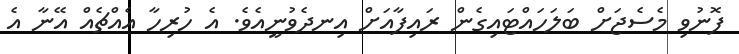
ފޮނުވި މެސެޖަށް ބަލަހައްޓައިގެން ރައިފާއަށް އިނދެވުނީއެވެ. އެ ހުރިހާ އެއްޗެއް އޭނާ އެ